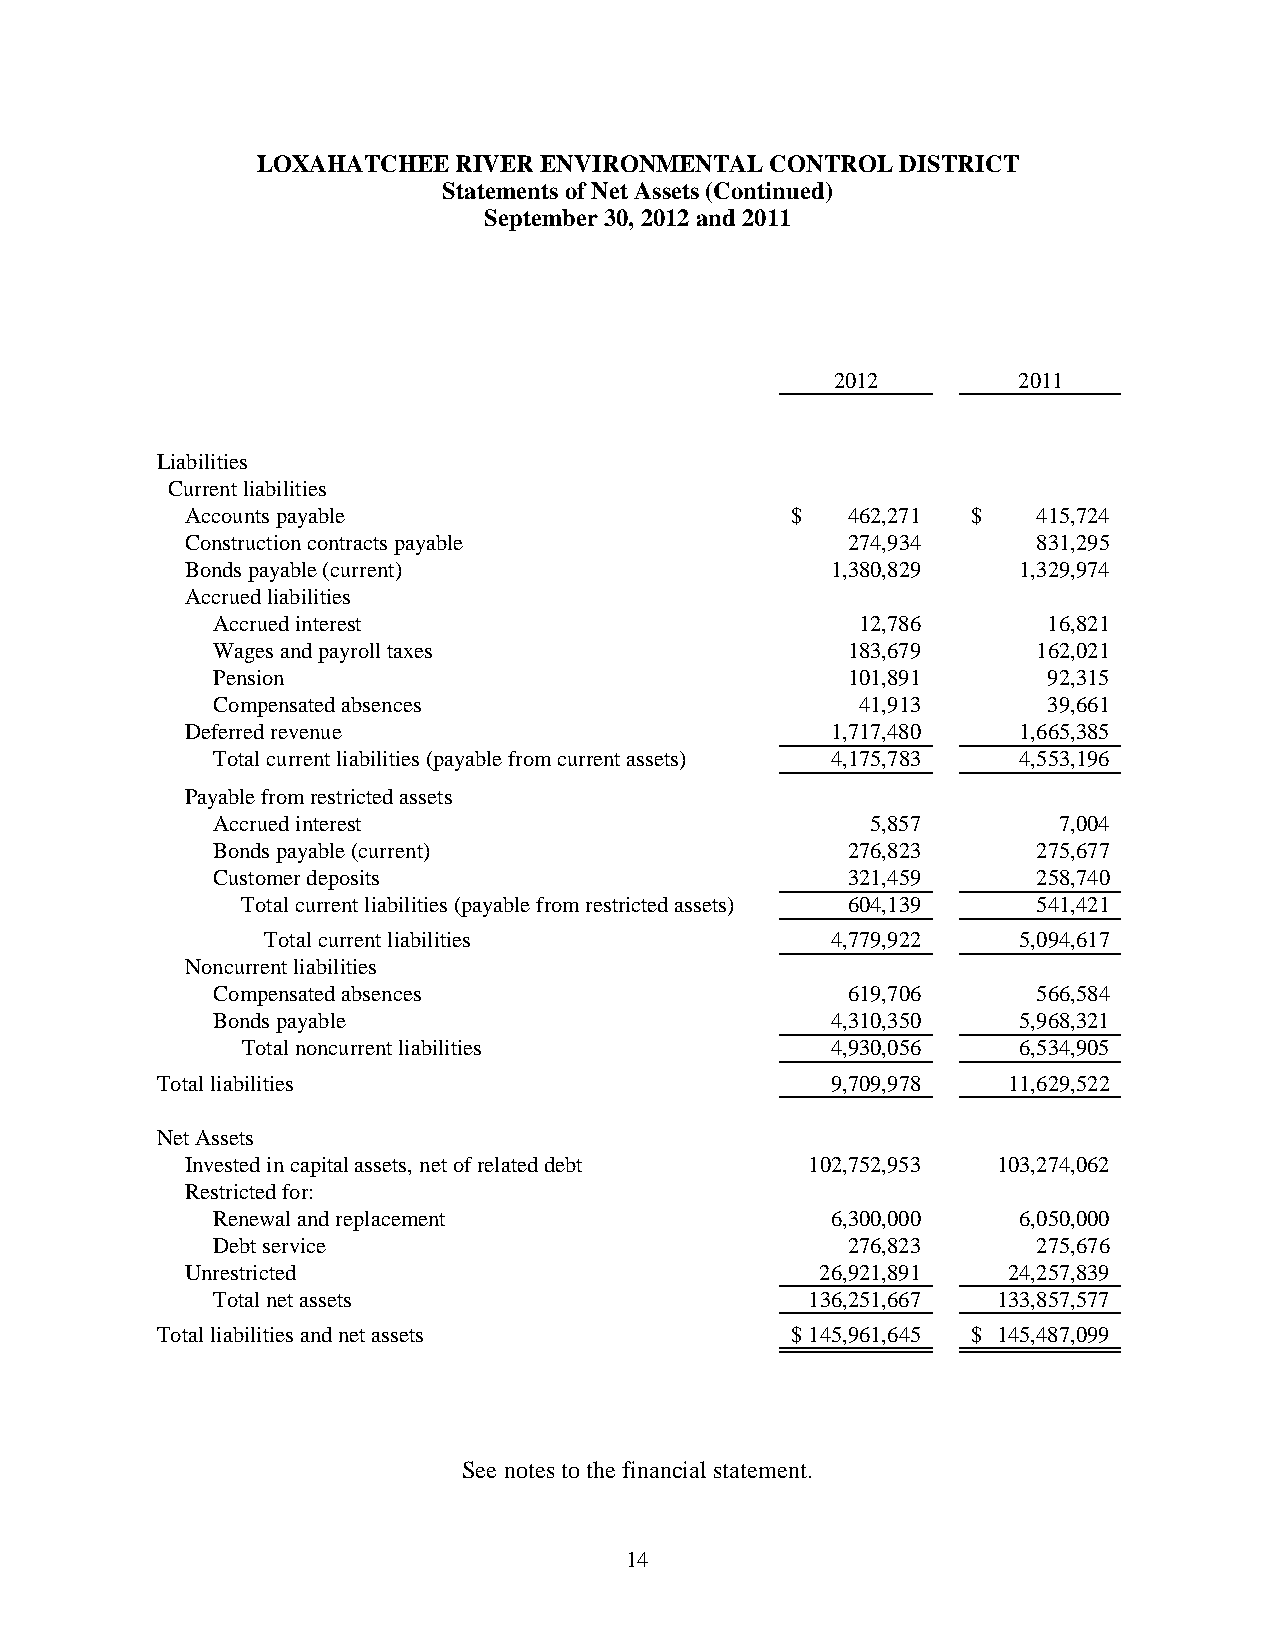
LOXAHATCHEE  RIVER ENVIRONMENTAL  CONTROL  DISTRICT
 Statements of Net Assets (Continued)
 September 30, 2012 and 2011
 2012        2011
 Liabilities
 Current liabilities
 Accounts payable                        $   462,271 $    415,724
 Construction contracts payable              274,934      831,295
 Bonds payable (current)                    1,380,829   1,329,974
 Accrued liabilities
 Accrued interest                           12,786      16,821
 Wages and payroll taxes                   183,679      162,021
 Pension                                   101,891      92,315
 Compensated absences                       41,913      39,661
 Deferred revenue                           1,717,480   1,665,385
 Total current liabilities (payable from current assets) 4,175,783 4,553,196
 Payable from restricted assets
 Accrued interest                            5,857       7,004
 Bonds payable (current)                   276,823      275,677
 Customer deposits                         321,459      258,740
 Total current liabilities (payable from restricted assets) 604,139 541,421
 Total current liabilities            4,779,922   5,094,617
 Noncurrent liabilities
 Compensated absences                      619,706      566,584
 Bonds payable                            4,310,350   5,968,321
 Total noncurrent liabilities           4,930,056   6,534,905
 Total liabilities                            9,709,978   11,629,522
 Net Assets
 Invested in capital assets, net of related debt 102,752,953 103,274,062
 Restricted for:
 Renewal and replacement                  6,300,000   6,050,000
 Debt service                              276,823      275,676
 Unrestricted                              26,921,891   24,257,839
 Total net assets                        136,251,667 133,857,577
 Total liabilities and net assets          $ 145,961,645 $ 145,487,099
 See notes to the financial statement.
 14